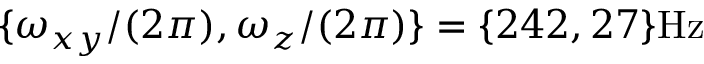
\{ \omega _ { x y } / ( 2 \pi ) , \omega _ { z } / ( 2 \pi ) \} = \{ 2 4 2 , 2 7 \} \mathrm { H z }